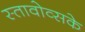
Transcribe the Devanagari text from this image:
स्तावोव्सके